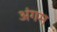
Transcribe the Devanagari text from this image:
अंगम